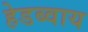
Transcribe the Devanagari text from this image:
हेडब्वाय